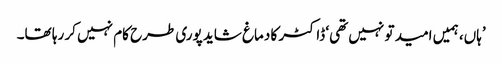
’ہاں، ہمیں امید تو نہیں تھی‘ ڈاکٹر کا دماغ شاید پوری طرح کام نہیں کر رہا تھا۔